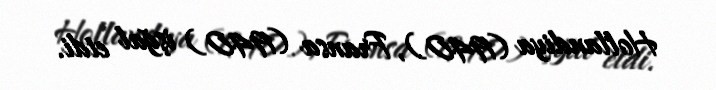
Hollandiya (1940), Fransa (1940) işğal etdi.